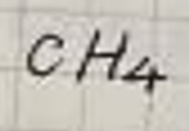
$CH_4$